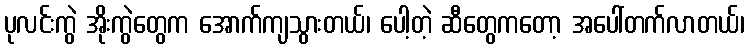
ပုလင်းကွဲ အိုးကွဲတွေက အောက်ကျသွားတယ်၊ ပေါ့တဲ့ ဆီတွေကတော့ အပေါ်တက်လာတယ်၊